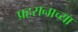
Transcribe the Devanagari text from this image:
प्रहसनाच्या